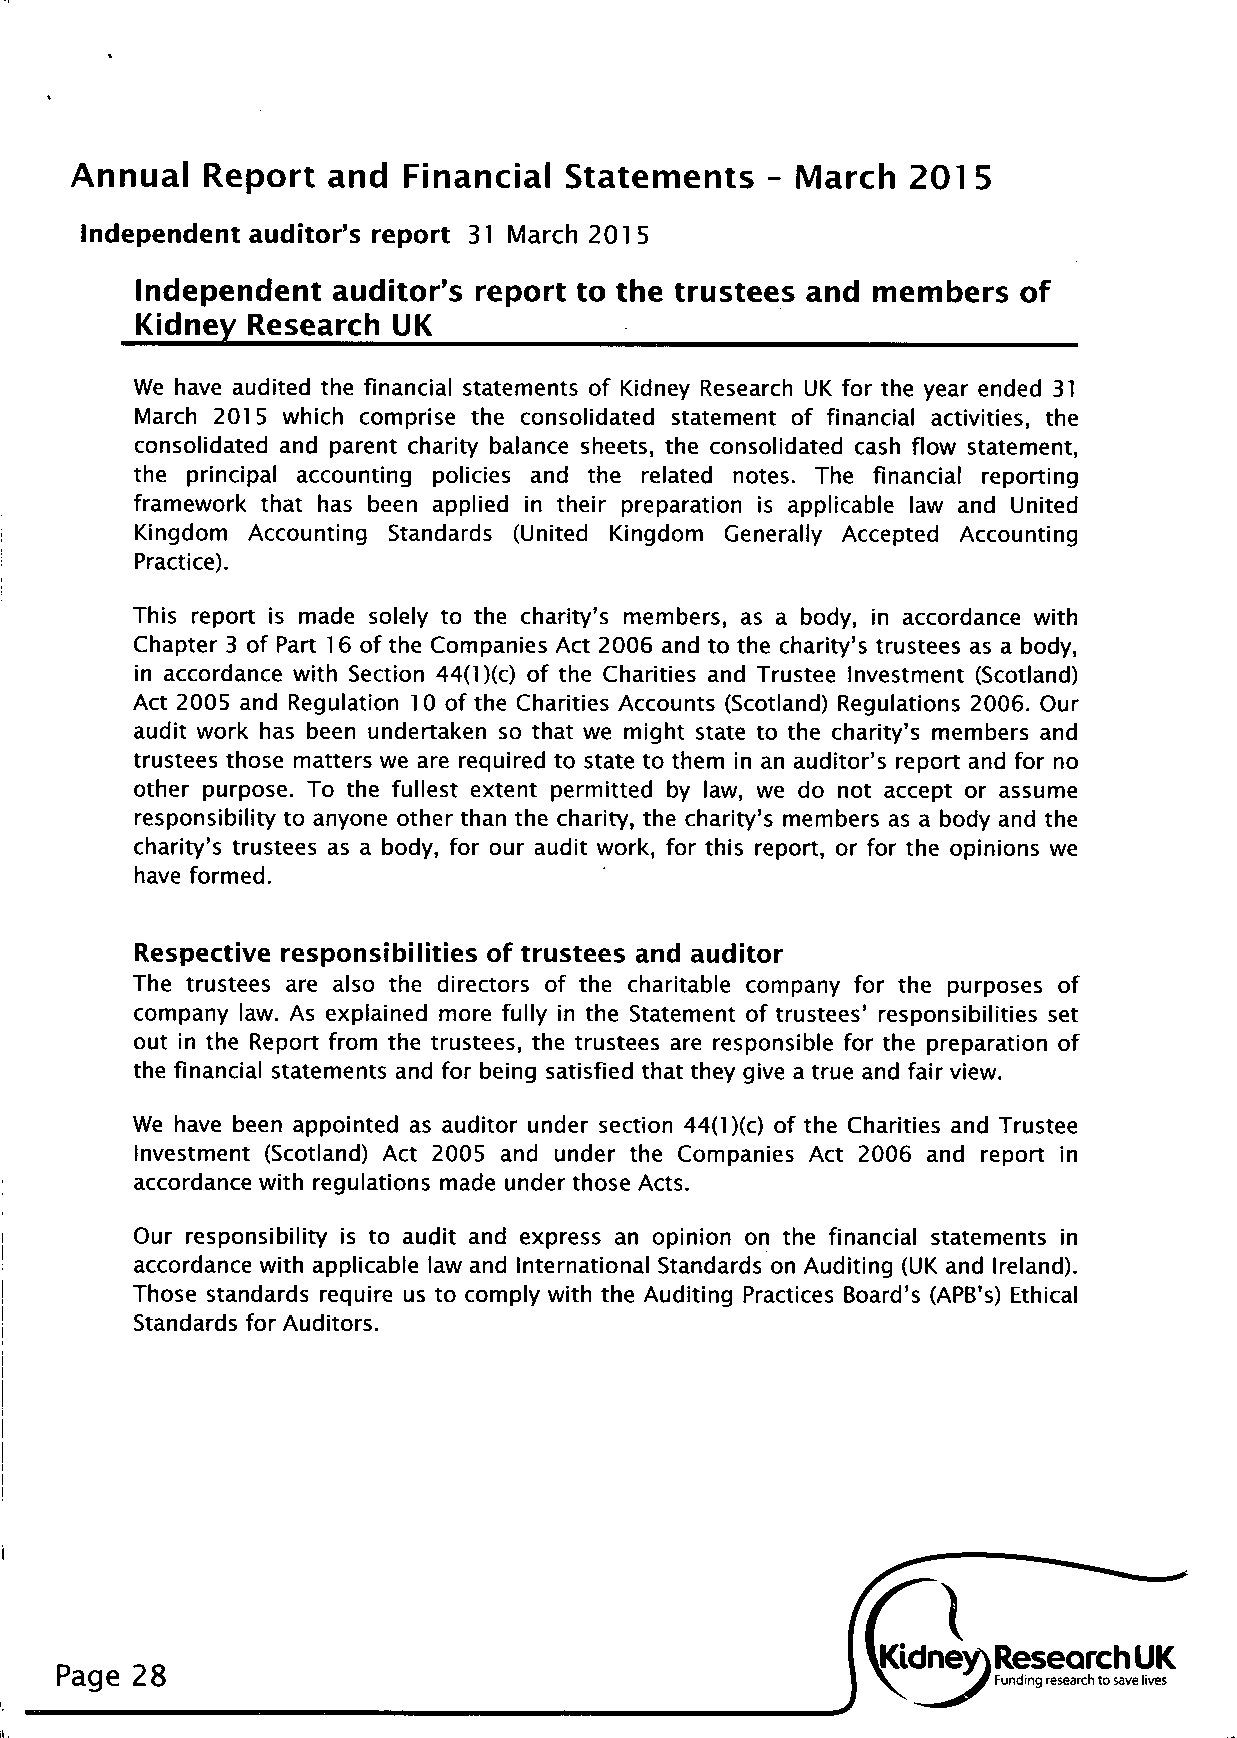
Annual  Report  and  Financial  Statements   - March  201  5
 Independent auditor's report 31 March 201 5
 Independent  auditor's report to the trustees and members  of
 Kidney Research  UK
 We have audited the financial statements of Kidney Research UK for the year ended 31
 March 2015 which comprise the consolidated statement of financial activities, the
 consolidated and parent charity balance sheets, the consolidated cash flow statement,
 the principal accounting policies and the related notes. The financial reporting
 framework that has been applied in their preparation is applicable law and United
 Kingdom Accounting Standards (United Kingdom Generally Accepted Accounting
 Practice).
 This report is made solely to the charity's members, as a body, in accordance with
 Chapter 3 of Part 16 of the Companies Act 2006 and to the charity's trustees as a body,
 in accordance with Section 44(1 )(c) of the Charities and Trustee Investment (Scotland)
 Act 2005 and Regulation 10 of the Charities Accounts (Scotland) Regulations 2006. Our
 audit work has been undertaken so that we might state to the charity's members and
 trustees those matters we are required to state to them in an auditor's report and for no
 other purpose. To the fullest extent permitted by law, we do not accept or assume
 responsibility to anyone other than the charity, the charity's members as a body and the
 charity's trustees as a body, for our audit work, for this report, or for the opinions we
 have formed.
 Respective responsibilities of trustees and auditor
 The trustees are also the directors of the charitable company for the purposes of
 company law. As explained more fully in the Statement of trustees' responsibilities set
 out in the Report from the trustees, the trustees are responsible for the preparation of
 the financial statements and for being satisfied that they give a true and fair view.
 We have been appointed as auditor under section 44(1 )(c) of the Charities and Trustee
 Investment (Scotland) Act 2005 and under the Companies Act 2006 and report in
 accordance with regulations made under those Acts.
 Our responsibility is to audit and express an opinion on the financial statements in
 accordance with applicable law and International Standards on Auditing (UK and Ireland).
 Those standards require us to comply with the Auditing Practices Board's (APB's) Ethical
 Standards for Auditors.
 Page 28